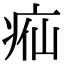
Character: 𬏣